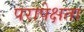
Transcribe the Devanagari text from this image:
परापेक्षता